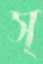
স্